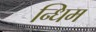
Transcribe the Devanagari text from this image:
न्धिम